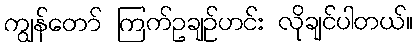
ကျွန်တော် ကြက်ဥချဉ်ဟင်း လိုချင်ပါတယ်။